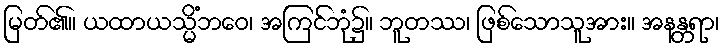
မြတ်၏။ ယထာယသ္မိံဘဝေ၊ အကြင်ဘုံ၌။ ဘူတဿ၊ ဖြစ်သောသူအား။ အနန္တရာ၊